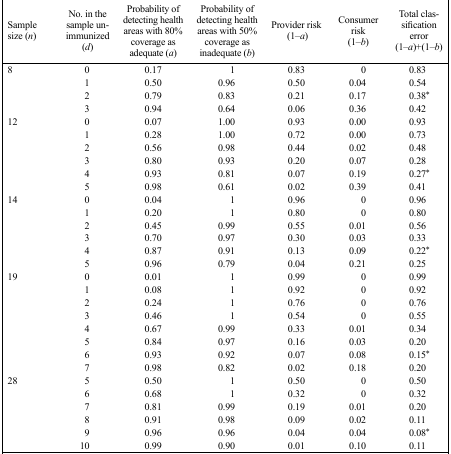
<table><thead><tr><td><b>Sample size (n)</b></td><td><b>No. in the sample unimmunized (d)</b></td><td><b>Probability of detecting health areas with 80% coverage as adequate (a)</b></td><td><b>Probability of detecting health areas with 50% coverage as inadequate (b)</b></td><td><b>Provider risk (1–a)</b></td><td><b>Consumer risk (1–b)</b></td><td><b>Total classification error (1–a)+(1–b)</b></td></tr></thead><tbody><tr><td>8</td><td>0</td><td>0.17</td><td>1</td><td>0.83</td><td>0</td><td>0.83</td></tr><tr><td></td><td>1</td><td>0.50</td><td>0.96</td><td>0.50</td><td>0.04</td><td>0.54</td></tr><tr><td></td><td>2</td><td>0.79</td><td>0.83</td><td>0.21</td><td>0.17</td><td>0.38*</td></tr><tr><td></td><td>3</td><td>0.94</td><td>0.64</td><td>0.06</td><td>0.36</td><td>0.42</td></tr><tr><td>12</td><td>0</td><td>0.07</td><td>1.00</td><td>0.93</td><td>0.00</td><td>0.93</td></tr><tr><td></td><td>1</td><td>0.28</td><td>1.00</td><td>0.72</td><td>0.00</td><td>0.73</td></tr><tr><td></td><td>2</td><td>0.56</td><td>0.98</td><td>0.44</td><td>0.02</td><td>0.48</td></tr><tr><td></td><td>3</td><td>0.80</td><td>0.93</td><td>0.20</td><td>0.07</td><td>0.28</td></tr><tr><td></td><td>4</td><td>0.93</td><td>0.81</td><td>0.07</td><td>0.19</td><td>0.27*</td></tr><tr><td></td><td>5</td><td>0.98</td><td>0.61</td><td>0.02</td><td>0.39</td><td>0.41</td></tr><tr><td>14</td><td>0</td><td>0.04</td><td>1</td><td>0.96</td><td>0</td><td>0.96</td></tr><tr><td></td><td>1</td><td>0.20</td><td>1</td><td>0.80</td><td>0</td><td>0.80</td></tr><tr><td></td><td>2</td><td>0.45</td><td>0.99</td><td>0.55</td><td>0.01</td><td>0.56</td></tr><tr><td></td><td>3</td><td>0.70</td><td>0.97</td><td>0.30</td><td>0.03</td><td>0.33</td></tr><tr><td></td><td>4</td><td>0.87</td><td>0.91</td><td>0.13</td><td>0.09</td><td>0.22*</td></tr><tr><td></td><td>5</td><td>0.96</td><td>0.79</td><td>0.04</td><td>0.21</td><td>0.25</td></tr><tr><td>19</td><td>0</td><td>0.01</td><td>1</td><td>0.99</td><td>0</td><td>0.99</td></tr><tr><td></td><td>1</td><td>0.08</td><td>1</td><td>0.92</td><td>0</td><td>0.92</td></tr><tr><td></td><td>2</td><td>0.24</td><td>1</td><td>0.76</td><td>0</td><td>0.76</td></tr><tr><td></td><td>3</td><td>0.46</td><td>1</td><td>0.54</td><td>0</td><td>0.55</td></tr><tr><td></td><td>4</td><td>0.67</td><td>0.99</td><td>0.33</td><td>0.01</td><td>0.34</td></tr><tr><td></td><td>5</td><td>0.84</td><td>0.97</td><td>0.16</td><td>0.03</td><td>0.20</td></tr><tr><td></td><td>6</td><td>0.93</td><td>0.92</td><td>0.07</td><td>0.08</td><td>0.15*</td></tr><tr><td></td><td>7</td><td>0.98</td><td>0.82</td><td>0.02</td><td>0.18</td><td>0.20</td></tr><tr><td>28</td><td>5</td><td>0.50</td><td>1</td><td>0.50</td><td>0</td><td>0.50</td></tr><tr><td></td><td>6</td><td>0.68</td><td>1</td><td>0.32</td><td>0</td><td>0.32</td></tr><tr><td></td><td>7</td><td>0.81</td><td>0.99</td><td>0.19</td><td>0.01</td><td>0.20</td></tr><tr><td></td><td>8</td><td>0.91</td><td>0.98</td><td>0.09</td><td>0.02</td><td>0.11</td></tr><tr><td></td><td>9</td><td>0.96</td><td>0.96</td><td>0.04</td><td>0.04</td><td>0.08*</td></tr><tr><td></td><td>10</td><td>0.99</td><td>0.90</td><td>0.01</td><td>0.10</td><td>0.11</td></tr></tbody></table>